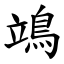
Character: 鴗